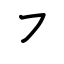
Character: ㇇